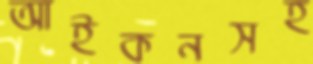
আইকনসহ